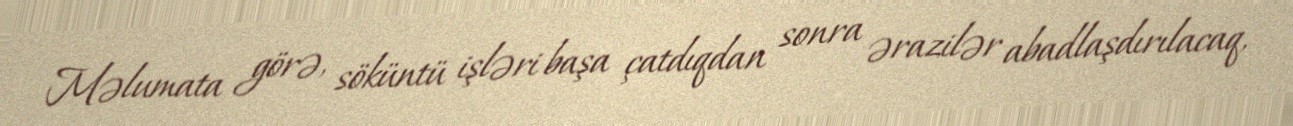
Məlumata görə, söküntü işləri başa çatdıqdan sonra ərazilər abadlaşdırılacaq,